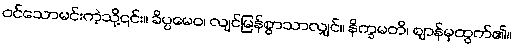
ဝင်သောမင်းကဲ့သို့၎င်း။ ခိပ္ပမေဝ၊ လျင်မြန်စွာသာလျှင်။ နိက္ခမတိ၊ ဈာန်မှထွက်၏။